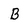
Character: B